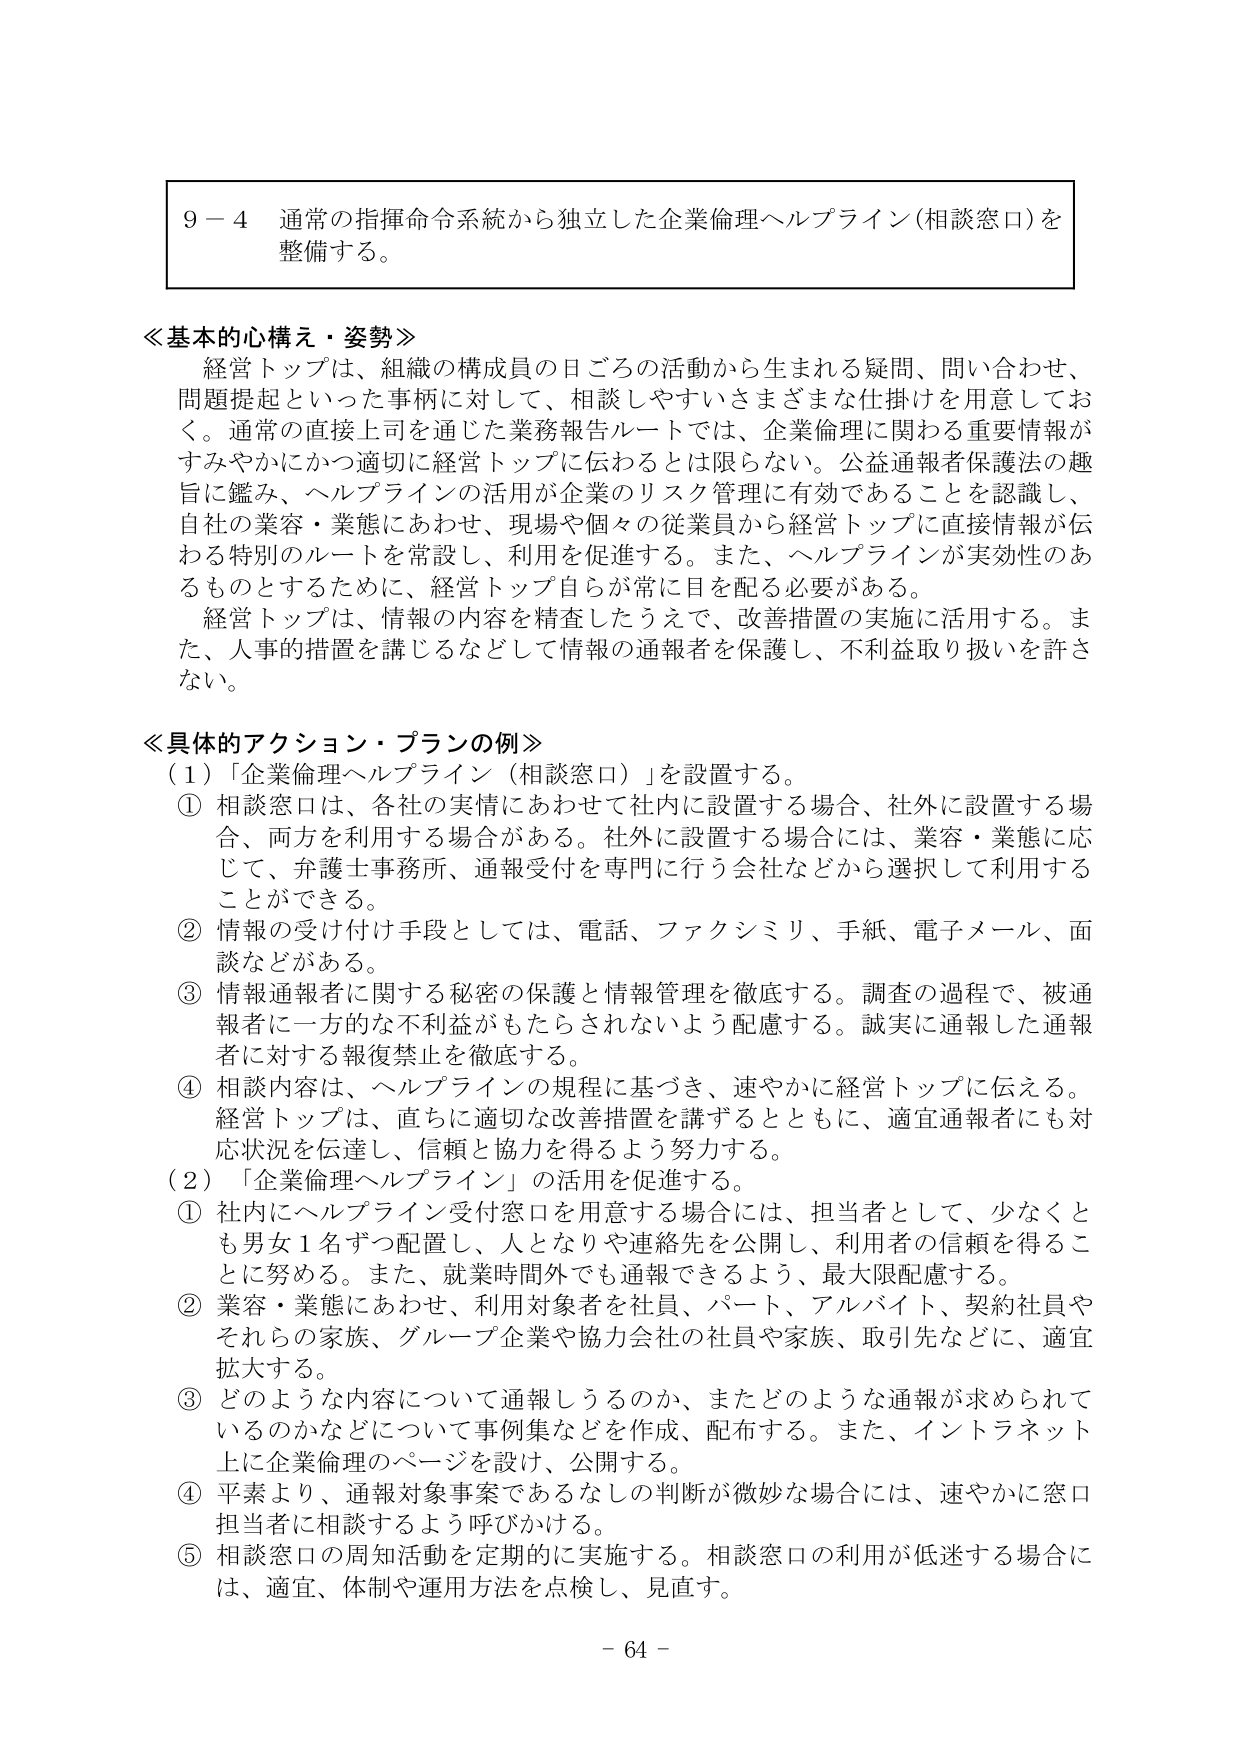
９－４ 通常の指揮命令系統から独立した企業倫理ヘルプライン（相談窓口）を整備する。

≪基本的心構え・姿勢≫
経営トップは、組織の構成員の日ごろの活動から生まれる疑問、問い合わせ、問題提起といった事柄に対して、相談しやすいさまざまな仕掛けを用意しておく。通常の直接上司を通じた業務報告ルートでは、企業倫理に関わる重要情報がすみやかにかつ適切に経営トップに伝わるとは限らない。公益通報者保護法の趣旨に鑑み、ヘルプラインの活用が企業のリスク管理に有効であることを認識し、自社の業容・業態にあわせ、現場や個々の従業員から経営トップに直接情報が伝わる特別のルートを常設し、利用を促進する。また、ヘルプラインが実効性のあるものとするために、経営トップ自らが常に目を配る必要がある。
経営トップは、情報の内容を精査したうえで、改善措置の実施に活用する。また、人事的措置を講じるなどして情報の通報者を保護し、不利益取り扱いを許さない。

≪具体的アクション・プランの例≫
（１）「企業倫理ヘルプライン（相談窓口）」を設置する。
① 相談窓口は、各社の実情にあわせて社内に設置する場合、社外に設置する場合、両方を利用する場合がある。社外に設置する場合には、業容・業態に応じて、弁護士事務所、通報受付を専門に行う会社などから選択して利用することができる。
② 情報の受け付け手段としては、電話、ファクシミリ、手紙、電子メール、面談などがある。
③ 情報通報者に関する秘密の保護と情報管理を徹底する。調査の過程で、被通報者に一方的な不利益がもたらされないよう配慮する。誠実に通報した通報者に対する報復禁止を徹底する。
④ 相談内容は、ヘルプラインの規程に基づき、速やかに経営トップに伝える。経営トップは、直ちに適切な改善措置を講ずるとともに、適宜通報者にも対応状況を伝達し、信頼と協力を得るよう努力する。

（２）「企業倫理ヘルプライン」の活用を促進する。
① 社内にヘルプライン受付窓口を用意する場合には、担当者として、少なくとも男女１名ずつ配置し、人となりや連絡先を公開し、利用者の信頼を得ることに努める。また、就業時間外でも通報できるよう、最大限配慮する。
② 業容・業態にあわせ、利用対象者を社員、パート、アルバイト、契約社員やそれらの家族、グループ企業や協力会社の社員や家族、取引先などに、適宜拡大する。
③ どのような内容について通報しうるのか、またどのような通報が求められているのかなどについて事例集などを作成、配布する。また、インターネット上に企業倫理のページを設け、公開する。
④ 平素より、通報対象事案であるなしの判断が微妙な場合には、速やかに窓口担当者に相談するよう呼びかける。
⑤ 相談窓口の周知活動を定期的に実施する。相談窓口の利用が低迷する場合には、適宜、体制や運用方法を点検し、見直す。

－ 64 －